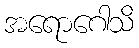
အရောဂေါသိ